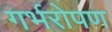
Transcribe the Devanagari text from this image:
गर्भरोपण